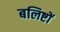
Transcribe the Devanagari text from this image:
बलिष्टों